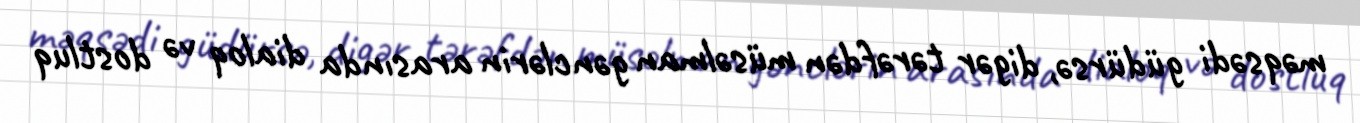
məqsədi güdürsə, digər tərəfdən müsəlman gənclərin arasında dialoq və dostluq